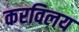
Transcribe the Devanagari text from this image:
करविलय